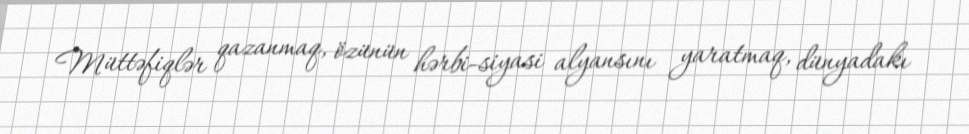
Müttəfiqlər qazanmaq, özünün hərbi-siyasi alyansını yaratmaq, dünyadakı